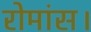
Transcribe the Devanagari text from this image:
रोमांस।